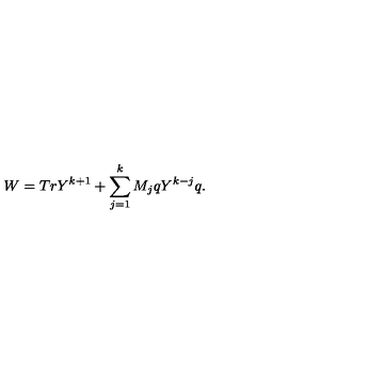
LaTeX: W = T r Y ^ { k + 1 } + \sum _ { j = 1 } ^ { k } M _ { j } q Y ^ { k - j } q .